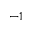
^ { - 1 }